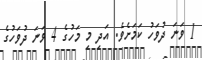
1 ވަނަ ދުވަހު ކަމަށެވެ. އަދި މި މަހުގެ 4 ވަނަ ދުވަހުގެ